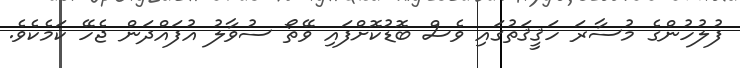
ފުލުހުންގެ މުސާރަ ހަޤީޤަތުގައި ވެސް ބޮޑުކޮށްފައި ވޭތޯ ސުވާލު އުފައްދަން ޖެހޭ ކަމެކެވެ.